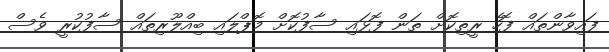
ފައިވާންތައް ފޮހެ ރީތިކޮށް ތަން ފޮޅައި ސާފުކޮށް މޮޕްލައި ބިއްލޫރިތައް ސާފުކުރީ ވެސް